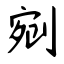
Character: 剜